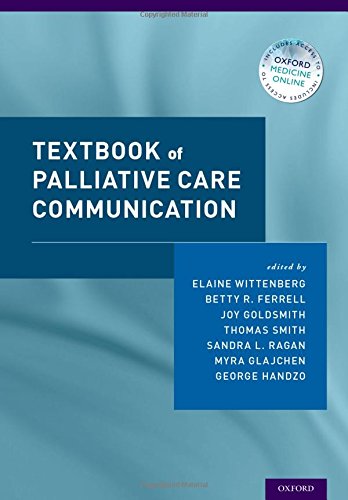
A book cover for Textbook of Palliative Care Communicaiton; Self-Help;